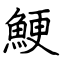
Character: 鯁